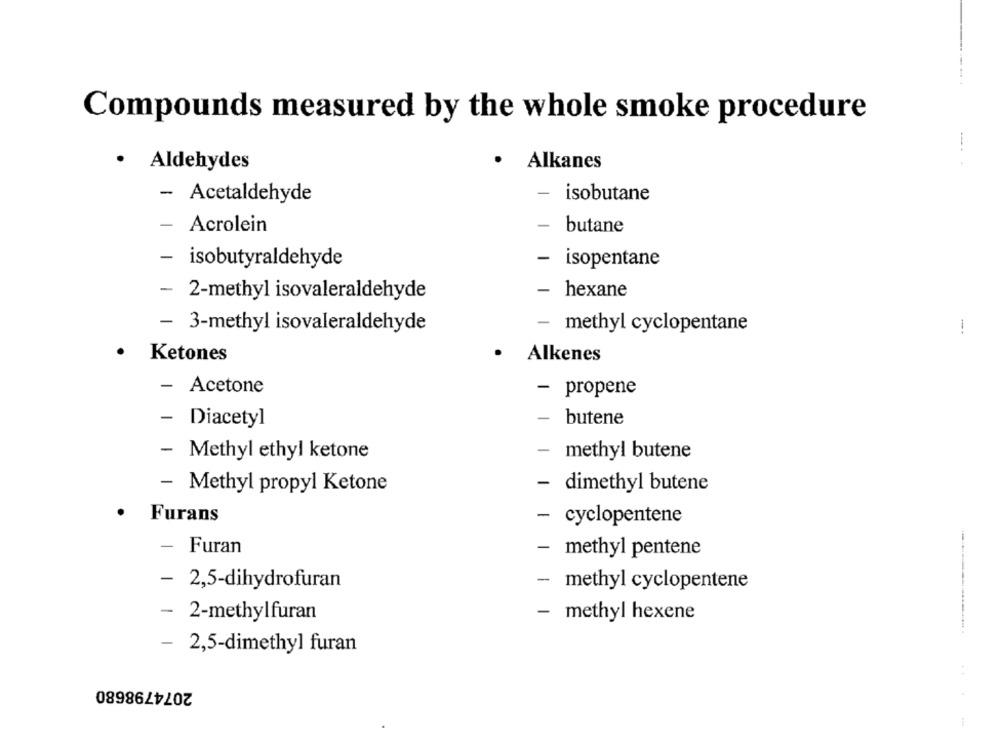
Compounds measured by the whole smoke procedure
.
· Aldehydes
Alkanes
- Acetaldehyde
- isobutane
- Acrolein
-
butane
- isobutyraldehyde
- isopentane
-
2-methyl isovaleraldehyde
-
hexane
- 3-methyl isovaleraldehyde
- methyl cyclopentane
1
· Ketones
Alkenes
- Acetone
- propene
- Diacetyl
- butene
- Methyl ethyl ketone
- methyl butene
- Methyl propyl Ketone
- dimethyl butene
.
Furans
- cyclopentene
-
Furan
- methyl pentene
- 2,5-dihydrofuran
-
methyl cyclopentene
-
2-methylfuran
- methyl hexene
- 2,5-dimethyl furan
2074798680